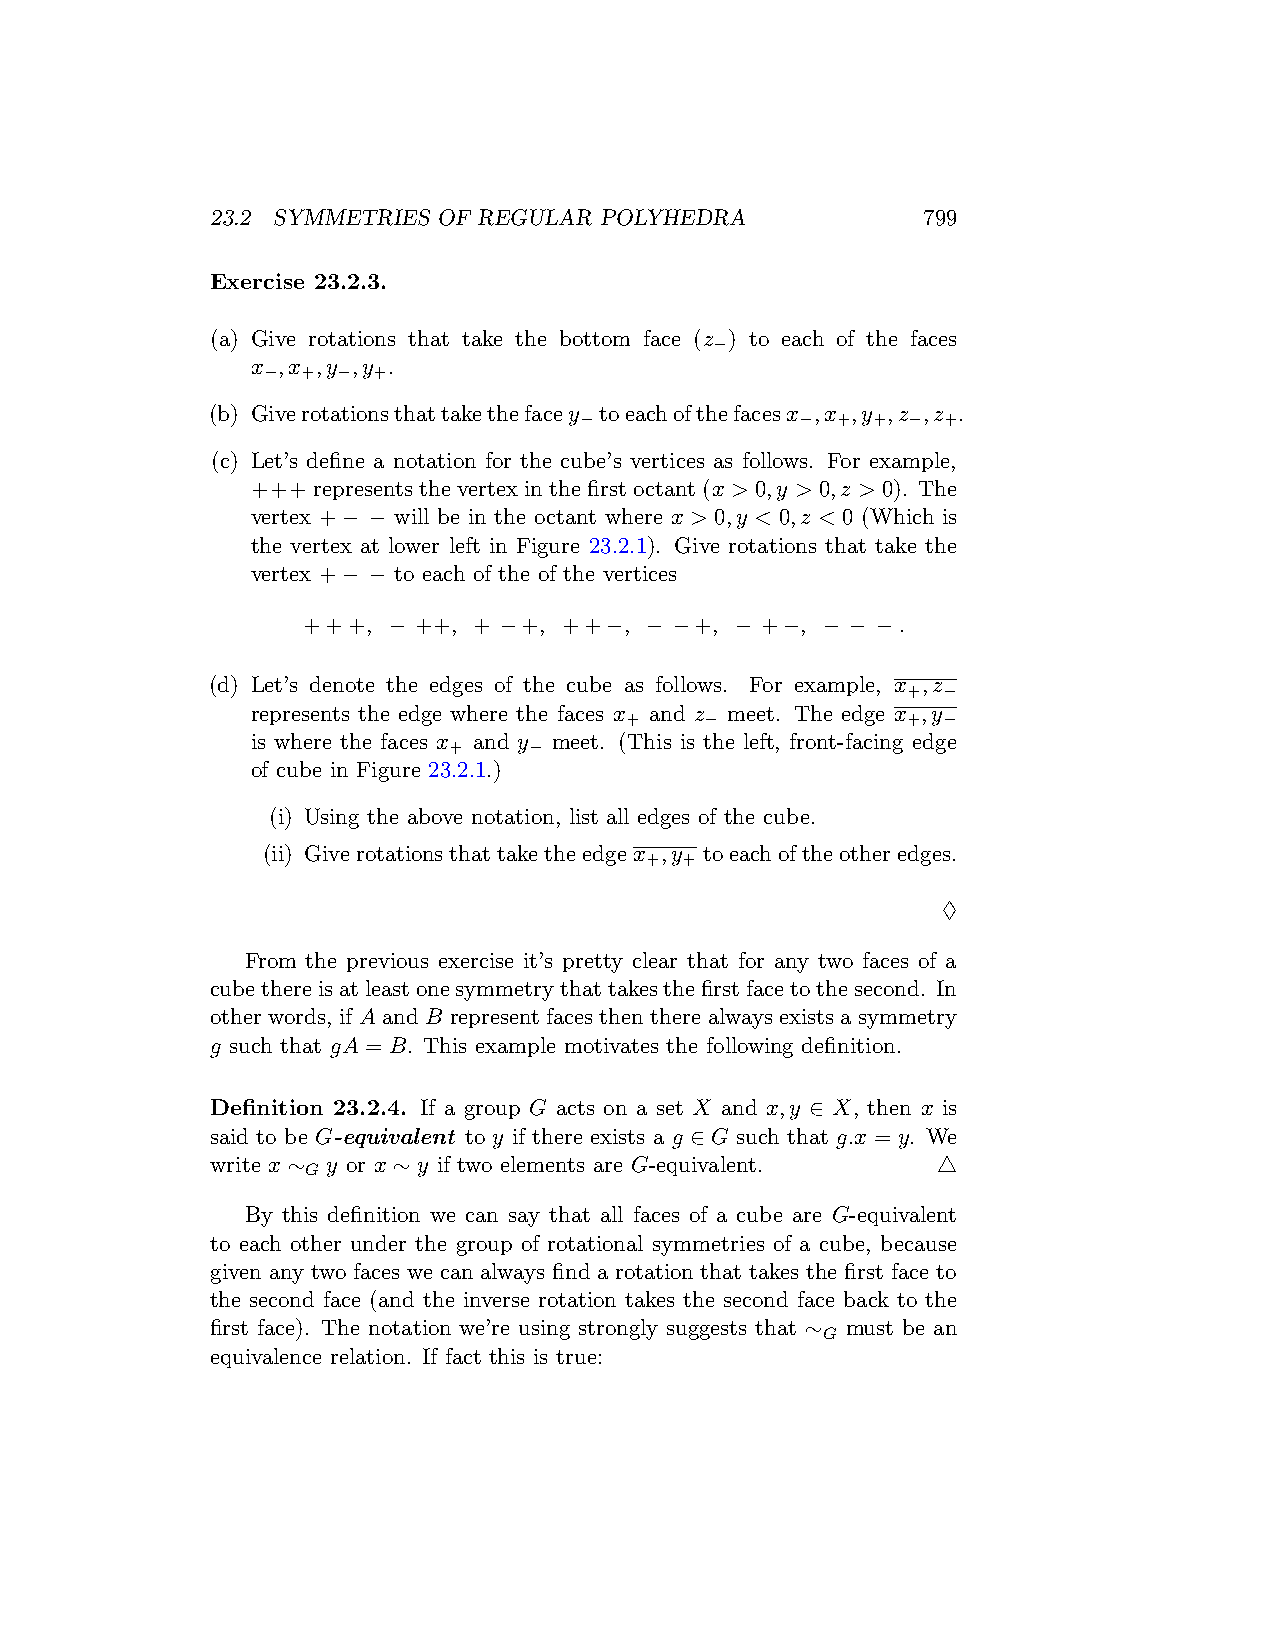
23.2 SYMMETRIES OF REGULAR POLYHEDRA           799
 Exercise 23.2.3.
 (a) Give rotations that take the bottom face (z ) to each of the faces
 −
 x ,x ,y ,y .
 −  + −  +
 (b) Giverotationsthattakethefacey toeachofthefacesx ,x ,y ,z ,z .
 −              − +  + − +
 (c) Let’s define a notation for the cube’s vertices as follows. For example,
 +++representsthevertexinthefirstoctant(x > 0,y > 0,z > 0). The
 vertex +− − will be in the octant where x > 0,y < 0,z < 0 (Which is
 the vertex at lower left in Figure 23.2.1). Give rotations that take the
 vertex +− − to each of the of the vertices
 +++,  − ++, + −+, ++−, − −+, − +−, − − −.
 (d) Let’s denote the edges of the cube as follows. For example, x ,z
 + −
 represents the edge where the faces x and z meet. The edge x ,y
 +     −            + −
 is where the faces x and y meet. (This is the left, front-facing edge
 +    −
 of cube in Figure 23.2.1.)
 (i) Using the above notation, list all edges of the cube.
 (ii) Giverotationsthattaketheedgex ,y toeachoftheotheredges.
 + +
 ♢
 From the previous exercise it’s pretty clear that for any two faces of a
 cubethereisatleastonesymmetrythattakesthefirstfacetothesecond. In
 other words, if A and B represent faces then there always exists a symmetry
 g such that gA = B. This example motivates the following definition.
 Definition 23.2.4. If a group G acts on a set X and x,y ∈ X, then x is
 said to be G-equivalent to y if there exists a g ∈ G such that g.x = y. We
 write x ∼ y or x ∼ y if two elements are G-equivalent. △
 G
 By this definition we can say that all faces of a cube are G-equivalent
 to each other under the group of rotational symmetries of a cube, because
 given any two faces we can always find a rotation that takes the first face to
 the second face (and the inverse rotation takes the second face back to the
 first face). The notation we’re using strongly suggests that ∼ must be an
 G
 equivalence relation. If fact this is true: